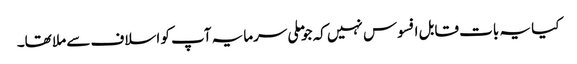
کیا یہ بات قابل افسوس نہیں کہ جو ملی سرمایہ آپ کو اسلاف سے ملا تھا۔